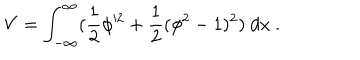
V = \int _ { - \infty } ^ { \infty } ( { \frac { 1 } { 2 } } \phi ^ { 2 } + { \frac { 1 } { 2 } } ( \phi ^ { 2 } - 1 ) ^ { 2 } ) \ d x \ .